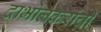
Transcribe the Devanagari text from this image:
दाभोलकरांची